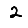
Digit: 2